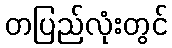
တပြည်လုံးတွင်